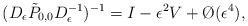
LaTeX: \begin{align*} (D_\epsilon \tilde{P}_{0,0} D_\epsilon^{-1})^{-1} = I - \epsilon^2 V + \O(\epsilon^4), \end{align*}